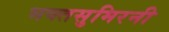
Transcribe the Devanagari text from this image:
भक्तसुमिरनी